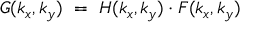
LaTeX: G ( k _ { x } , k _ { y } ) ~ = ~ H ( k _ { x } , k _ { y } ) \cdot F ( k _ { x } , k _ { y } )